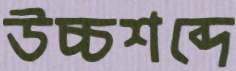
উচ্চশব্দে